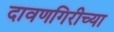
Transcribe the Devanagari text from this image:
दावणगिरीच्या